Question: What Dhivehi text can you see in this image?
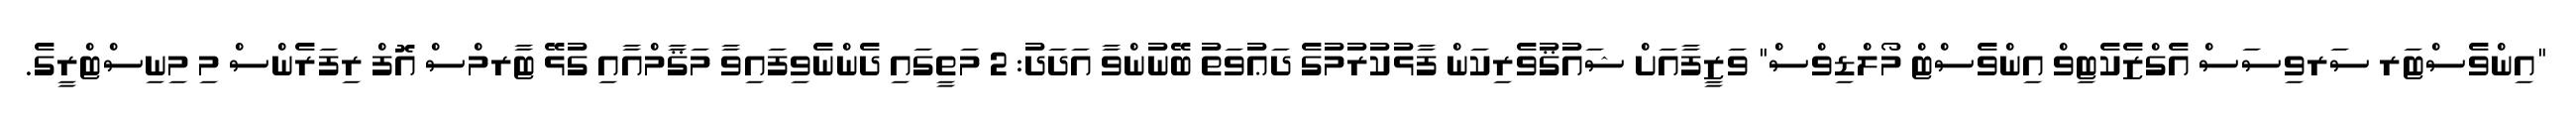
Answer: "އިންވެސްޓަރ ސަރވިސަސް އެގްޒެކެޓިވް އިންވެސްޓް މޯލްޑިވްސް" ވަޒީފާއަށް ޝައުޤުވެރިކަން ފާޅުކުރުމުގެ ދަޢުވަތު ބޭނުންވާ އަދަދު: 2 މަތީގައި ދެންނެވިފައިވާ މަޤާމްއާއި ގުޅޭ ޓާރމްސް އޮފް ރިފަރެންސް މި މިނިސްޓްރީގެ.